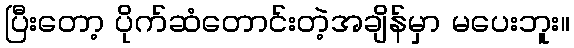
ပြီးတော့ ပိုက်ဆံတောင်းတဲ့အချိန်မှာ မပေးဘူး။